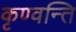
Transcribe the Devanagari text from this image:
कृण्वन्ति